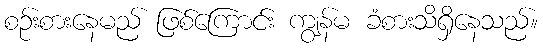
စဉ်းစားနေမည် ဖြစ်ကြောင်း ကျွန်မ ခံစားသိရှိနေသည်။